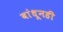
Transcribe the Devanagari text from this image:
बांधूनही